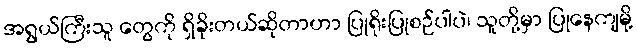
အရွယ်ကြီးသူ တွေကို ရှိခိုးတယ်ဆိုတာဟာ ပြုရိုးပြုစဉ်ပါပဲ၊ သူတို့မှာ ပြုနေကျမို့